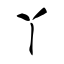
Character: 丫